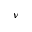
\nu